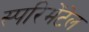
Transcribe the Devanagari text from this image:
स्परिमेंटेल